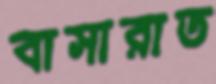
বাসারাত